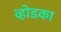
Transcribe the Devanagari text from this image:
व्होडका